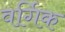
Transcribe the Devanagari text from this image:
वर्गिक